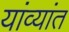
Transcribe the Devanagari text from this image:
यांव्यांत